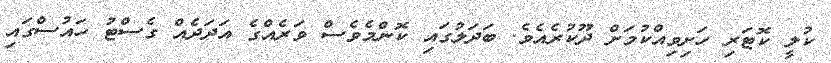
ކުލީ ކޮޓަރި ހަށިވިއްކުމަށް ދޫކުރެއެވެ. ބަދަލުގައި ކޮންމެވެސް ވަރެއްގެ އަދަދެއް ގެސްޓު ހައުސްގައި